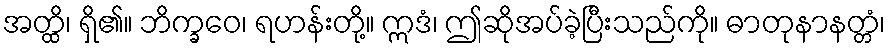
အတ္ထိ၊ ရှိ၏။ ဘိက္ခဝေ၊ ရဟန်းတို့။ ဣဒံ၊ ဤဆိုအပ်ခဲ့ပြီးသည်ကို။ ဓာတုနာနတ္တံ၊